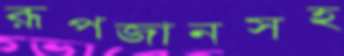
রূপজানসহ